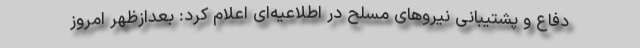
دفاع و پشتیبانی نیروهای مسلح در اطلاعیه‌ای اعلام کرد: بعدازظهر امروز